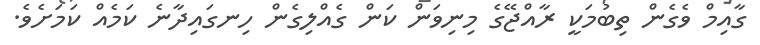
ގާއިމް ވެގެން ތިބުމަކީ ރާއްޖޭގެ މިނިވަން ކަން ގެއްލިގެން ހިނގައިދާނެ ކަމެއް ކަމަށެވެ.